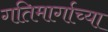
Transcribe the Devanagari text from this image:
गतिमार्गाच्या